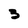
Character: 3